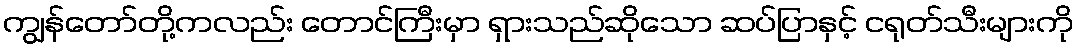
ကျွန်တော်တို့ကလည်း တောင်ကြီးမှာ ရှားသည်ဆိုသော ဆပ်ပြာနှင့် ငရုတ်သီးများကို